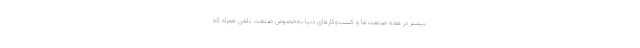
بیشتر در همه صنعت‌ها و کسب‌وکارهای دنیا به‌خصوص صنعت تلفن همراه که